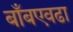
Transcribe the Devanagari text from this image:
बाँबएवढा